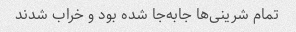
تمام شرینی‌ها جابه‌جا شده بود و خراب شدند‌